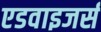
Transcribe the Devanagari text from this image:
एडवाइजर्स